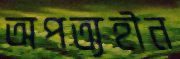
অপত্যহীন